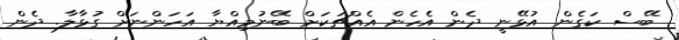
ބޭސް ކަގެން އުޅޭނީ ދެން އެހެން އެއްޗަކަށް ބޭނުމިއްޔާ އަހަންނަށް ގުޅާލާ. ދެން